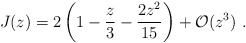
\begin{align*}J(z) = 2 \left( 1 - \frac{z}{3} - \frac{2 z^{2}}{15} \right) + {\cal O}(z^{3}) \ . \end{align*}